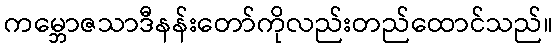
ကမ္ဘောဇသာဒီနန်းတော်ကိုလည်းတည်ထောင်သည်။